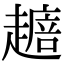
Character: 𧽴